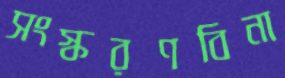
সংস্করণবিনা